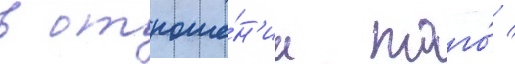
в отноше́н'ии того́ /